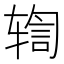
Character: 𫐒